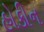
હોકીન